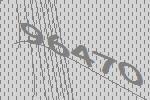
96470